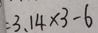
: 3 . 1 4 \times 3 - 6